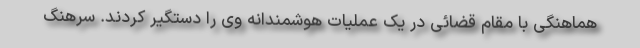
هماهنگی با مقام قضائی در یک عملیات هوشمندانه وی را دستگیر کردند. سرهنگ